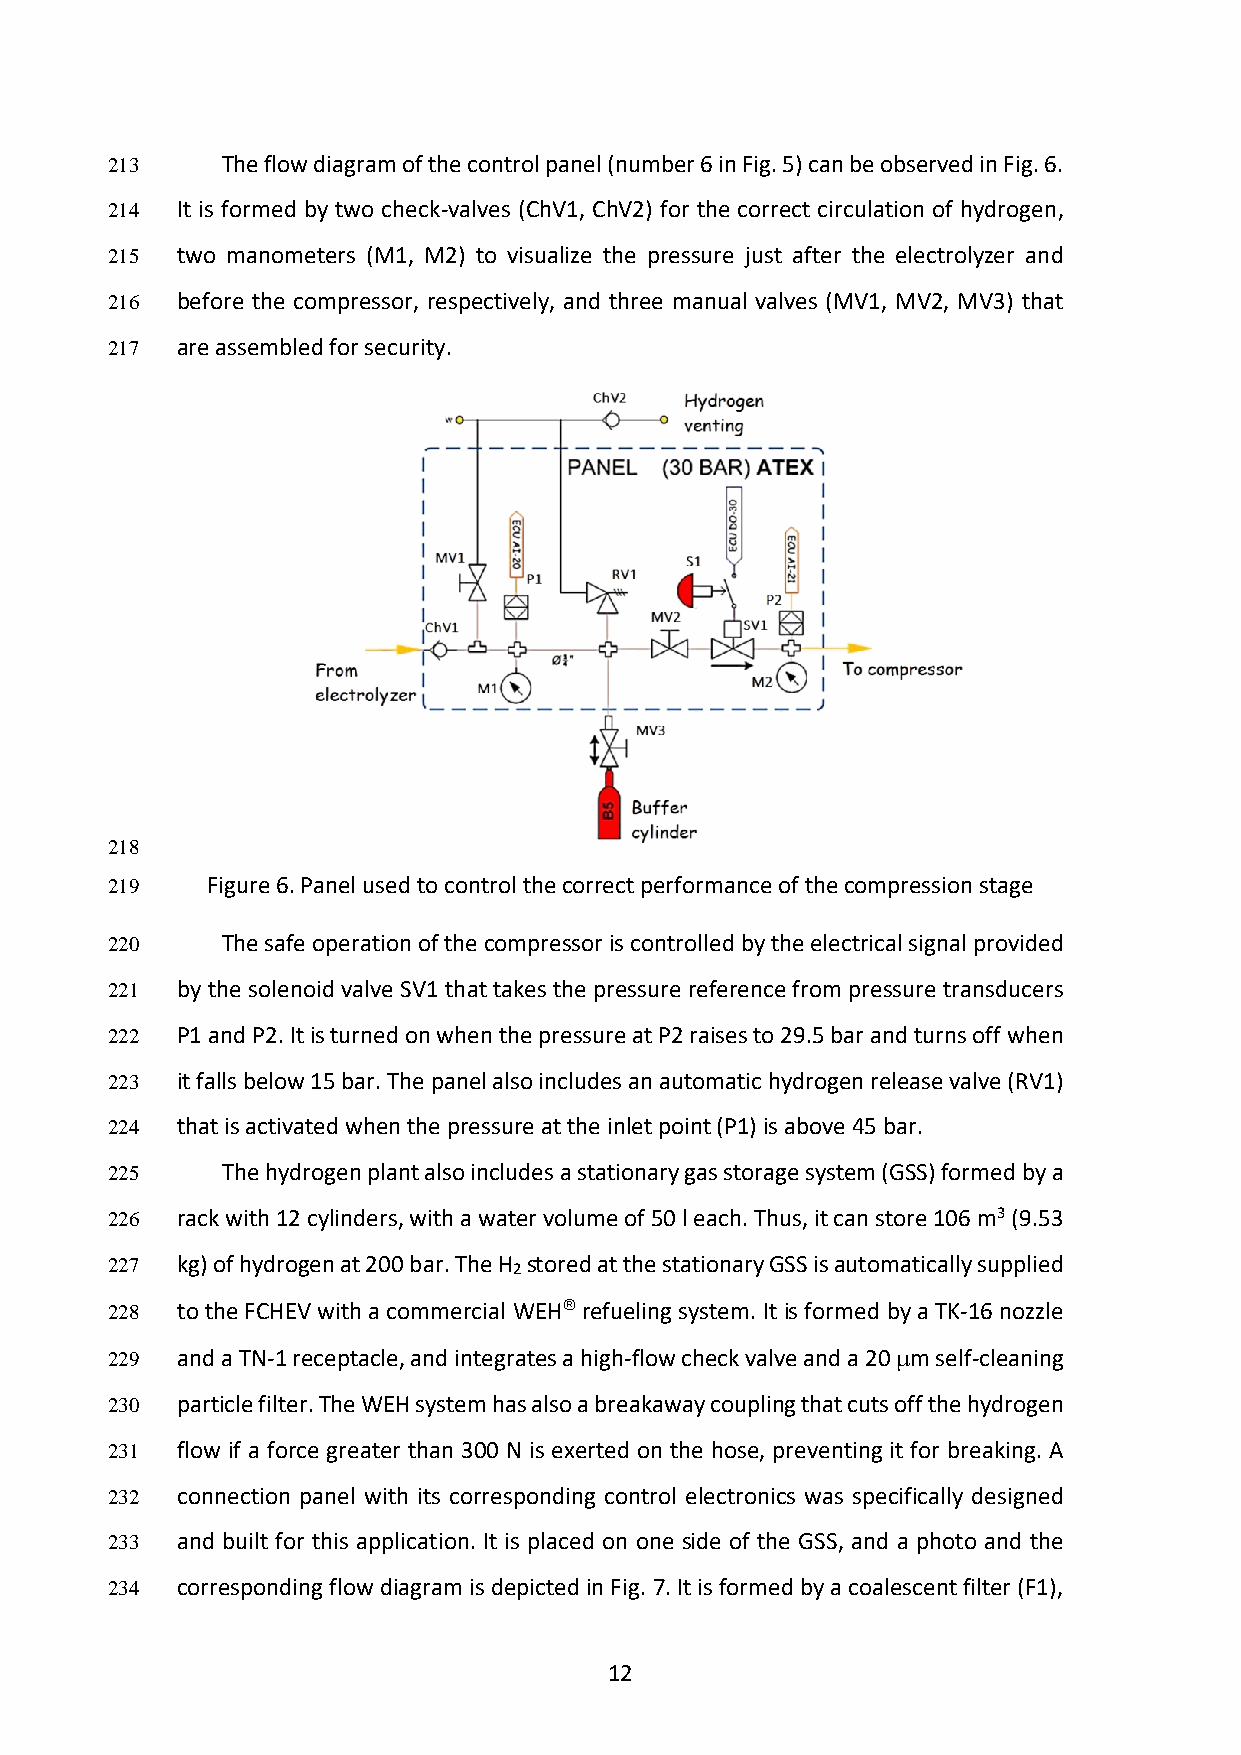
213     The flow diagram of the control panel (number 6 in Fig. 5) can be observed in Fig. 6.
 214  It is formed by two check-valves (ChV1, ChV2) for the correct circulation of hydrogen,
 215  two manometers (M1, M2) to visualize the pressure just after the electrolyzer and
 216  before the compressor, respectively, and three manual valves (MV1, MV2, MV3) that
 217  are assembled for security.
 218
 219    Figure 6. Panel used to control the correct performance of the compression stage
 220     The safe operation of the compressor is controlled by the electrical signal provided
 221  by the solenoid valve SV1 that takes the pressure reference from pressure transducers
 222  P1 and P2. It is turned on when the pressure at P2 raises to 29.5 bar and turns off when
 223  it falls below 15 bar. The panel also includes an automatic hydrogen release valve (RV1)
 224  that is activated when the pressure at the inlet point (P1) is above 45 bar.
 225     The hydrogen plant also includes a stationary gas storage system (GSS) formed by a
 226  rack with 12 cylinders, with a water volume of 50 l each. Thus, it can store 106 m3 (9.53
 227  kg) of hydrogen at 200 bar. The H 2 stored at the stationary GSS is automatically supplied
 228  to the FCHEV with a commercial WEH refueling system. It is formed by a TK-16 nozzle
 229  and a TN-1 receptacle, and integrates a high-flow check valve and a 20 µm self-cleaning
 230  particle filter. The WEH system has also a breakaway coupling that cuts off the hydrogen
 231  flow if a force greater than 300 N is exerted on the hose, preventing it for breaking. A
 232  connection panel with its corresponding control electronics was specifically designed
 233  and built for this application. It is placed on one side of the GSS, and a photo and the
 234  corresponding flow diagram is depicted in Fig. 7. It is formed by a coalescent filter (F1),
 12